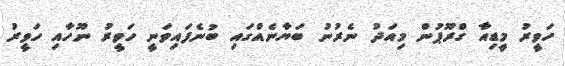
ހަވީރު މީޑިއާ ގްރޫޕުން މިއަދު ނެރުނު ބަޔާނެއްގައި ބުނެފައިވަނީ ހަވީރު ނޫހާއި ހަވީރު